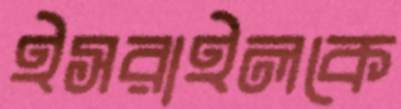
ইসরাইলকে